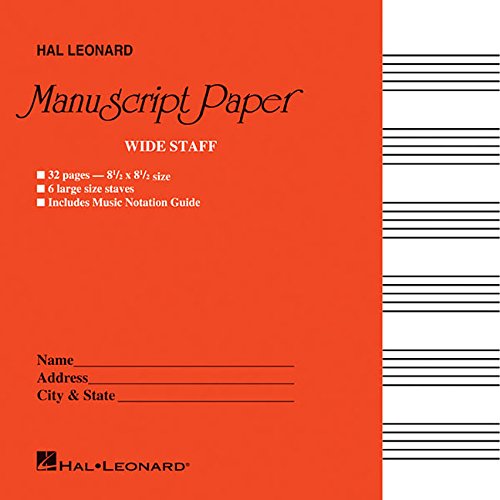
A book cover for Wide Staff Manuscript Paper (Red Cover); Arts & Photography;